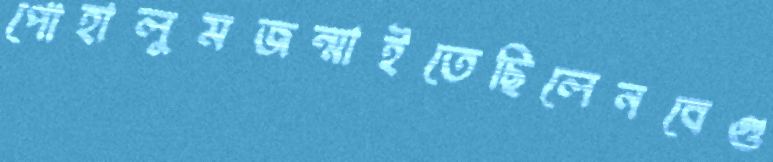
পোহালুমজন্মাইতেছিলেনবেগু